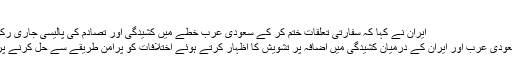
‘
ایران نے کہا کہ سفارتی تعلقات ختم کر کے سعودی عرب خطے میں کشیدگی اور تصادم کی پالیسی جاری رکھے ہوئے ہے
پاکستان نے سعودی عرب اور ایران کے درمیان کشیدگی میں اضافہ پر تشویش کا اظہار کرتے ہوئے اختلافات کو پرامن طریقے سے حل کرنے پر زور دیا ہے۔